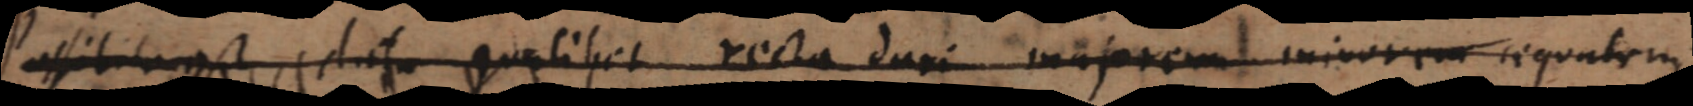
Possibile est data qualibet recta dari majorem minorem aequalem.